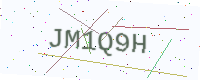
Text: JM1Q9H